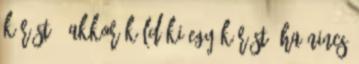
kérést – akkor küld ki egy kérést, ha nincs